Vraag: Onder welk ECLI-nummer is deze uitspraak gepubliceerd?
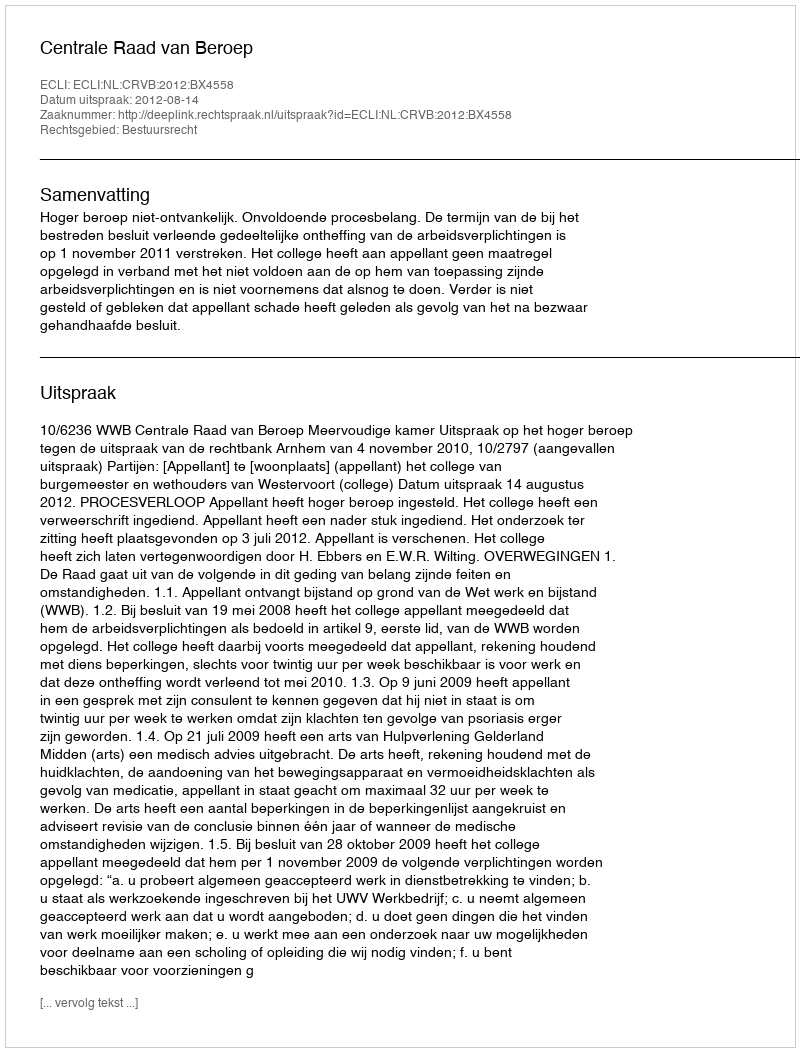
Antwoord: ECLI:NL:CRVB:2012:BX4558